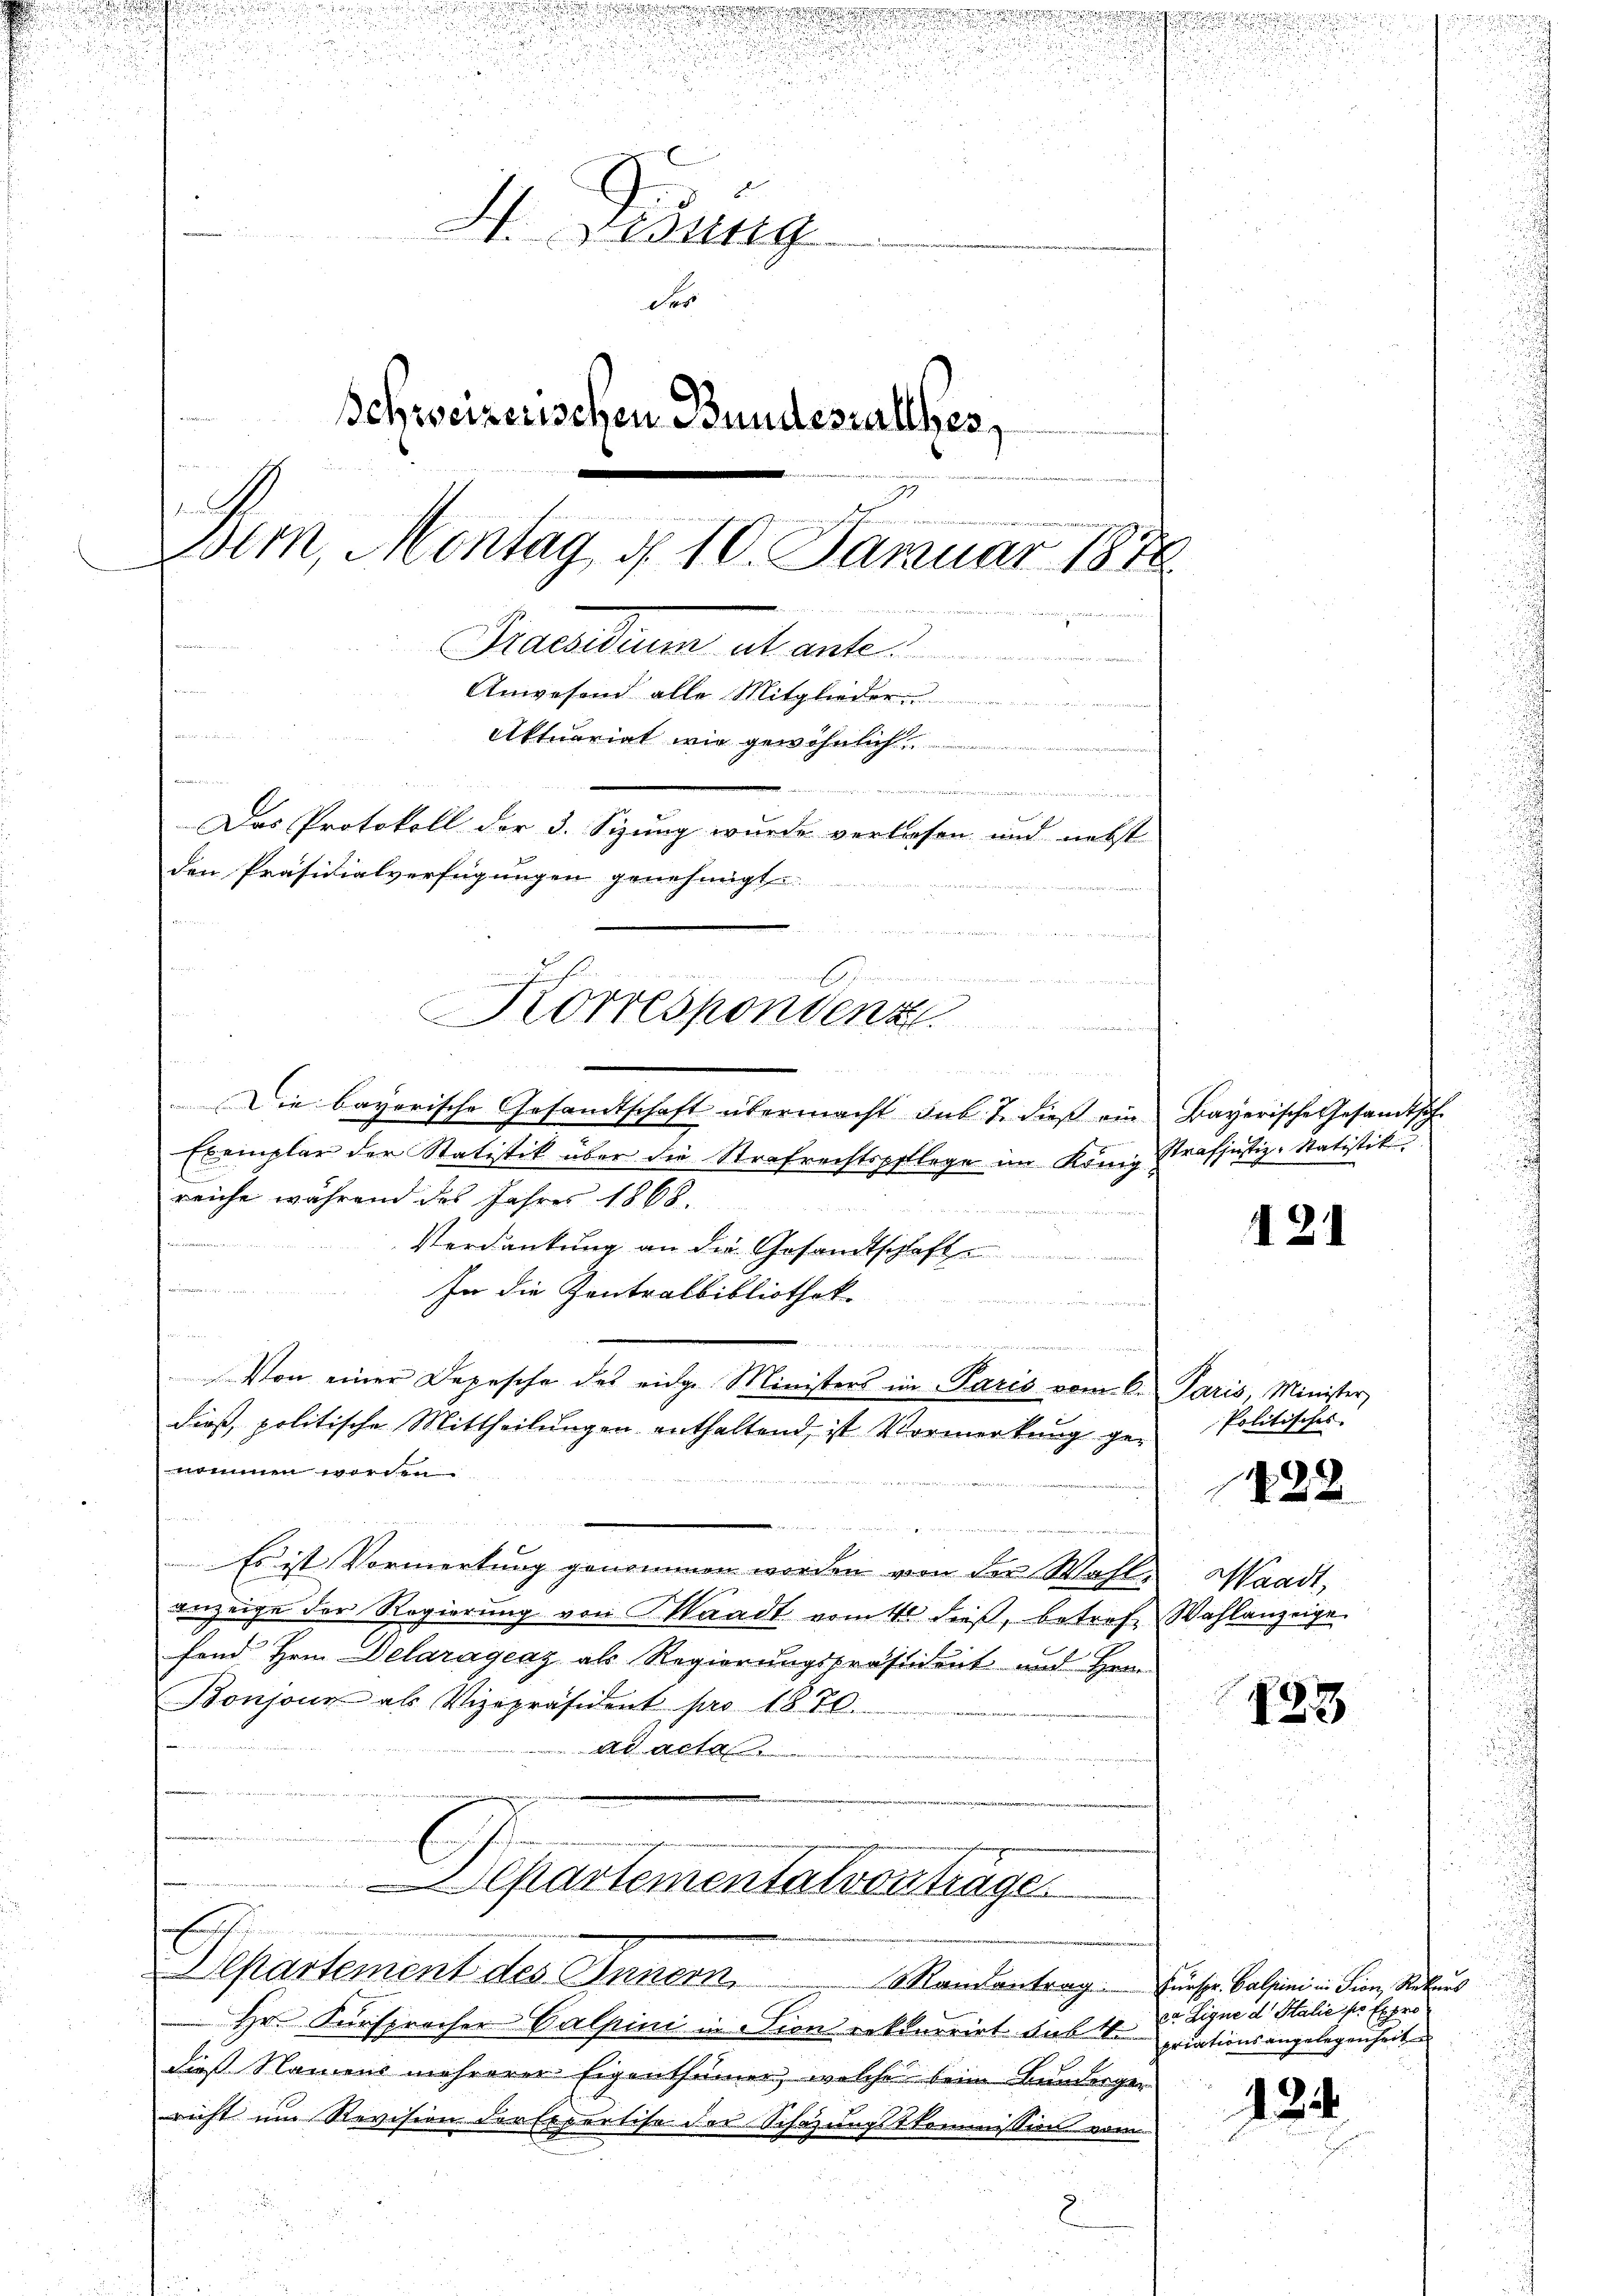
u
H. Fidung
der
Schweizerischen Bundestallber,

dern, Montag d. 10. Januar 1878

Pactum et aute
Anwesend alle Mitglieder
n
Aktuariat wie gewöhnlich

Das Protokoll der 3. Sizung wurde verlasen und nebst
den Präsidialverfügungen genehmigt.

 e w   der

Korrespondenz

Die bayerische Gesandtschaft übermacht sub. 1. dieß ein
Exemplar der Statistik über die Strafrechtspflege im König Strafjustiz-Statistik
reiche während des Jahres 1868.
Verdankung an die Gesandtschaft

In die Zentralbibliothek

i
Von einer Depesche des eidge Ministers im Paris vom C. Paris, Minister,
dieß, politische Mittheilungen enthaltend, ist Vormerkung genommen worden.

Es ist Vormerkung genommen worden von der Wahl
anzeige der Regierung von Waadt vom 11t dieß, betreff Wahlanzeige
fond Hrn. Delaragenz als Regierungspräsident und Herr
Bonzone als Vizepräsident pro 1870.
s
A
eftartementationtrage
h
Departement des Innern, Mandantrag. Einsper. Balini in dien, Rekurs
Hr. Fürsprocher Calpini in Dion erklärrirt sieb M. Dr. Signe d. Stalie sie Expro
dieß Namens mehrerer Eigenthümer, welche beim Bunderger
richt um Revision der Expertise der Schazungstkommission vom

s
Bayerische Gesandtsch
u

121

Politisches. |
Waadt,

1222

723

priationsangelegenheit

124

d
c